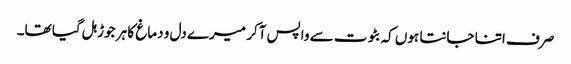
صرف اتنا جانتا ہوں کہ بٹوت سے واپس آکر میرے دل و دماغ کا ہر جوڑ ہل گیا تھا۔